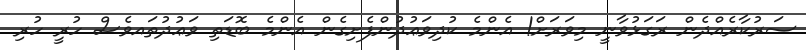
ސަރުކާރެއްދެން ރަގަޅުވާނީ މިވަރަށް! އެންމެ ކުދިވަޢުދުންފެށިގެން އެންމެ ބޮޑަތި ވަޢުދުތައވެސް ހުރީ ހުރި